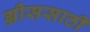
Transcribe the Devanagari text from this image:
ग्रीससाठी